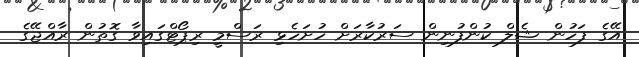
އޭގެ ފަހުން ޝެލް ކުންފުނިން ސަރުކާރަށް ހުށަހެޅި ރަސްމީ ރިޕޯޓްގައިވާ ގޮތުން ރާއްޖޭގެ